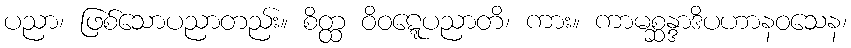
ပညာ၊ ဖြစ်သောပညာတည်း။ စိတ္ထ ဝိဝဋ္ဋေပညာတိ၊ ကား။ ကာမစ္ဆန္ဒာဒိပဟာနဝသေန၊